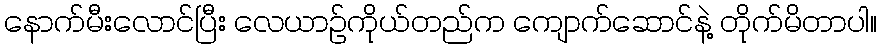
နောက်မီးလောင်ပြီး လေယာဉ်ကိုယ်တည်က ကျောက်ဆောင်နဲ့ တိုက်မိတာပါ။